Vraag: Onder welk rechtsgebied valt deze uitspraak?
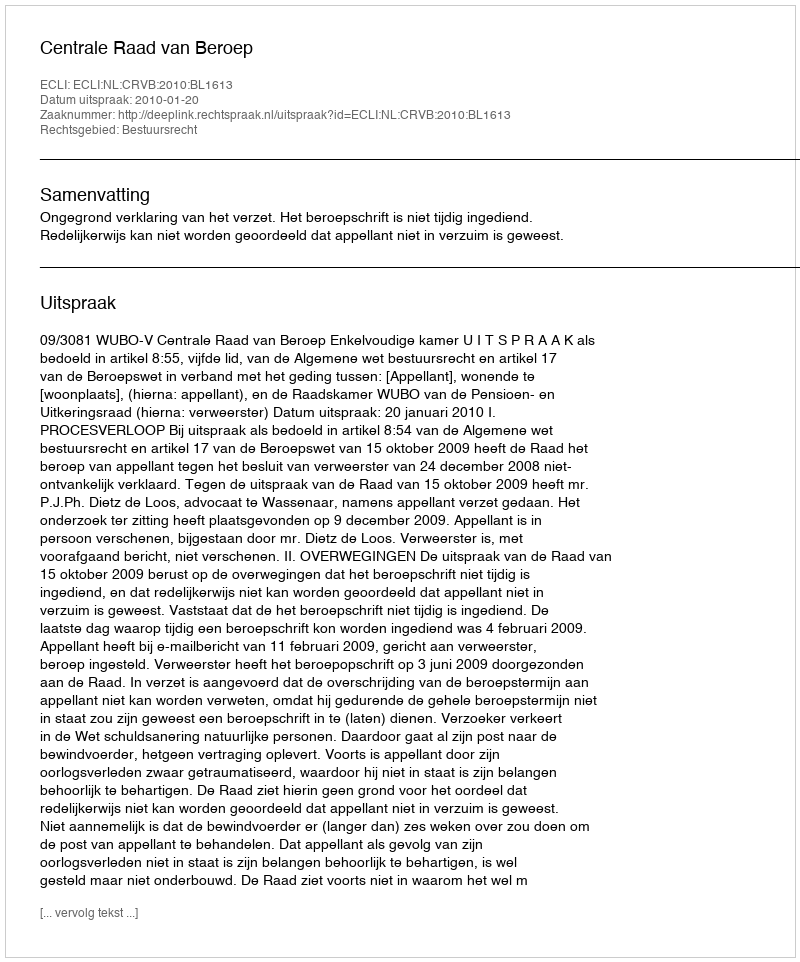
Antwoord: Bestuursrecht